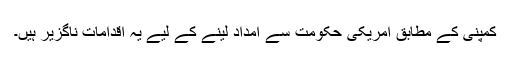
کمپنی کے مطابق امریکی حکومت سے امداد لینے کے لیے یہ اقدامات ناگزیر ہیں۔